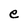
Character: e